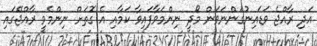
އަދި ރާއްޖެ ވަޑައިނުގަންނަވަން މޯދީ ނިންމަވާފައިވާ ކަމާއި އެ ގޮތަށް ނިންމެވީ ރާއްޖޭގައި